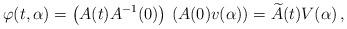
LaTeX: \begin{align*}\varphi(t,\alpha)=\left(A(t)A^{-1}(0)\right)\,\left(A(0)v(\alpha)\right)=\widetilde{A}(t) V(\alpha)\,,\end{align*}